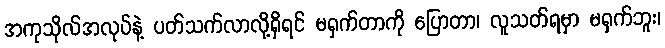
အကုသိုလ်အလုပ်နဲ့ ပတ်သက်လာလို့ရှိရင် မရှက်တာကို ပြောတာ၊ လူသတ်ရမှာ မရှက်ဘူး၊